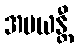
အပယန္တီ